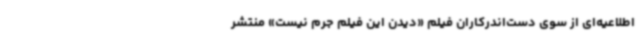
اطلاعیه‌ای از سوی دست‌اندرکاران فیلم «دیدن این فیلم جرم نیست» منتشر